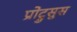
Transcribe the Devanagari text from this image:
प्रोट्रुसुस